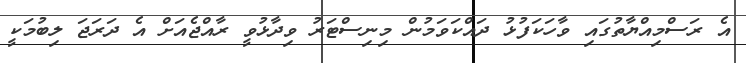
އެ ރަސްމިއްޔާތުގައި ވާހަކަފުޅު ދައްކަވަމުން މިނިސްޓަރު ވިދާޅުވީ ރާއްޖެއަށް އެ ދަރަޖަ ލިބުމަކީ